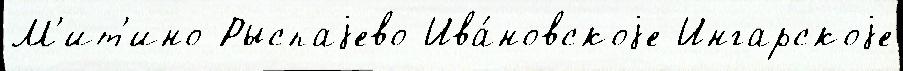
М'ит'ино Рыспаjево Ива́новскоjе Ингарскоjе